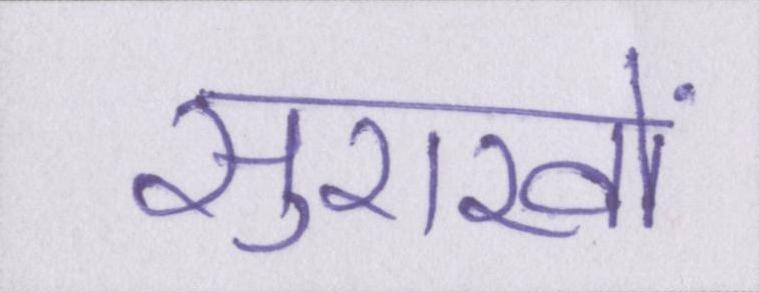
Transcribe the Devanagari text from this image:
सुराखों